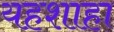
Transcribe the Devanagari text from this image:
यहशाहा